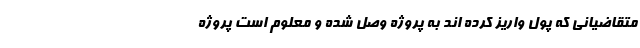
متقاضیانی که پول واریز کرده اند به پروژه وصل شده و معلوم است پروژه